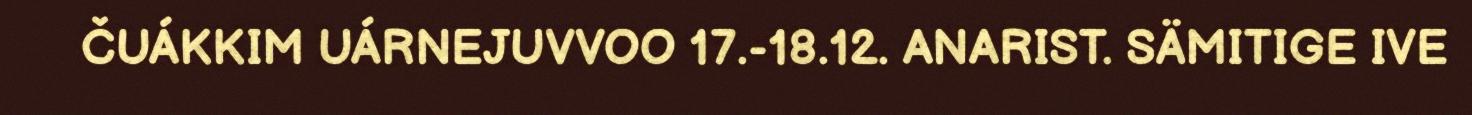
ČUÁKKIM UÁRNEJUVVOO 17.-18.12. ANARIST. SÄMITIGE IVE